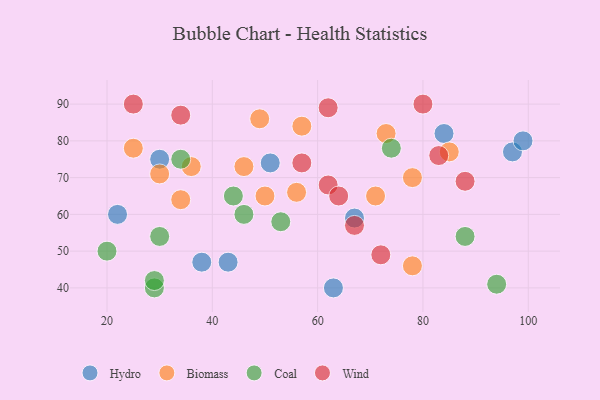
{"axis": {"x": "GDP", "y": "Life Expectancy"}, "legend": ["Biomass", "Coal", "Hydro", "Wind"], "data": [{"x": "38", "y": 47, "type": "Hydro"}, {"x": "67", "y": 59, "type": "Hydro"}, {"x": "97", "y": 77, "type": "Hydro"}, {"x": "30", "y": 75, "type": "Hydro"}, {"x": "99", "y": 80, "type": "Hydro"}, {"x": "51", "y": 74, "type": "Hydro"}, {"x": "43", "y": 47, "type": "Hydro"}, {"x": "63", "y": 40, "type": "Hydro"}, {"x": "84", "y": 82, "type": "Hydro"}, {"x": "22", "y": 60, "type": "Hydro"}, {"x": "85", "y": 77, "type": "Biomass"}, {"x": "36", "y": 73, "type": "Biomass"}, {"x": "73", "y": 82, "type": "Biomass"}, {"x": "57", "y": 84, "type": "Biomass"}, {"x": "46", "y": 73, "type": "Biomass"}, {"x": "49", "y": 86, "type": "Biomass"}, {"x": "78", "y": 70, "type": "Biomass"}, {"x": "25", "y": 78, "type": "Biomass"}, {"x": "30", "y": 71, "type": "Biomass"}, {"x": "34", "y": 64, "type": "Biomass"}, {"x": "78", "y": 46, "type": "Biomass"}, {"x": "50", "y": 65, "type": "Biomass"}, {"x": "56", "y": 66, "type": "Biomass"}, {"x": "71", "y": 65, "type": "Biomass"}, {"x": "30", "y": 54, "type": "Coal"}, {"x": "29", "y": 40, "type": "Coal"}, {"x": "29", "y": 42, "type": "Coal"}, {"x": "88", "y": 54, "type": "Coal"}, {"x": "94", "y": 41, "type": "Coal"}, {"x": "44", "y": 65, "type": "Coal"}, {"x": "74", "y": 78, "type": "Coal"}, {"x": "46", "y": 60, "type": "Coal"}, {"x": "34", "y": 75, "type": "Coal"}, {"x": "53", "y": 58, "type": "Coal"}, {"x": "20", "y": 50, "type": "Coal"}, {"x": "67", "y": 57, "type": "Wind"}, {"x": "34", "y": 87, "type": "Wind"}, {"x": "62", "y": 89, "type": "Wind"}, {"x": "62", "y": 68, "type": "Wind"}, {"x": "25", "y": 90, "type": "Wind"}, {"x": "72", "y": 49, "type": "Wind"}, {"x": "64", "y": 65, "type": "Wind"}, {"x": "83", "y": 76, "type": "Wind"}, {"x": "57", "y": 74, "type": "Wind"}, {"x": "80", "y": 90, "type": "Wind"}, {"x": "88", "y": 69, "type": "Wind"}]}